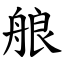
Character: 艆